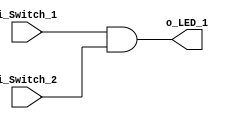
module and_gate(input i_Switch_1, i_Switch_2, output o_LED_1);

    // bit wise operator
    // AND operation is synthesized as a look up table (LUT) in the FPGA
    assign o_LED_1 = i_Switch_1 & i_Switch_2;

endmodule